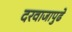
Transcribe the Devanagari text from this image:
दरवाजापुढे